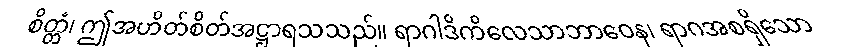
စိတ္တံ၊ ဤအဟိတ်စိတ်အဋ္ဌာရသသည်။ ရာဂါဒိကိလေသာဘာဝေန၊ ရာဂအစရှိသော